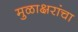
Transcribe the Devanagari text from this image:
मुळाक्षरांचा